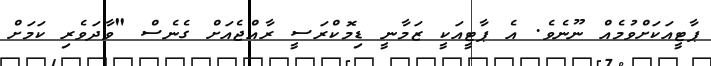
ޕާޓީއަކަށްވުމެއް ނޫނެވެ. އެ ޕާޓީއަކީ ޒަމާނީ ޑިމޮކްރަސީ ރާއްޖެއަށް ގެނެސް "ވާދަވެރި ކަމަށް